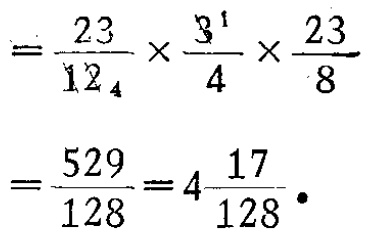
\[

\begin{align*}

&=\frac{23}{12}\times\frac{3}{4}\times\frac{23}{8}\\

&=\frac{529}{128}=4\frac{17}{128}

\end{align*}

\]